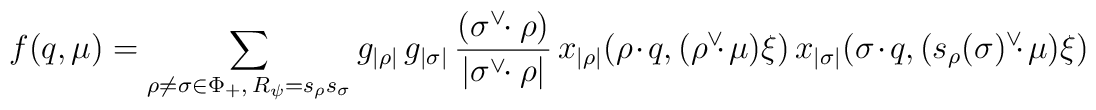
f(q,\mu) =   \sum_{\rho\neq\sigma\in\Phi_{+},\,R_{\psi}=   s_{\rho}s_{\sigma}}g_{|\rho|}     \,g_{|\sigma|}\,{(\sigma^{\vee}\!\!\cdot\rho)\over   {|\sigma^{\vee}\!\!\cdot\rho|}}\,   x_{|\rho|}(\rho\cdot    q,(\rho^{\vee}\!\!\cdot\mu)\xi)\,x_{|\sigma|}(\sigma\cdot   q,(s_{\rho}(\sigma)^{\vee}\!\!\cdot\mu)\xi)